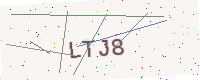
Text: LTJ8